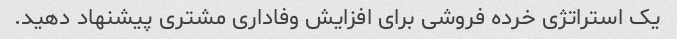
یک استراتژی خرده فروشی برای افزایش وفاداری مشتری پیشنهاد دهید.